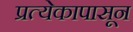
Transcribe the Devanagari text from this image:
प्रत्येकापासून